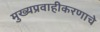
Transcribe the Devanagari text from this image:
मुख्यप्रवाहीकरणाचे